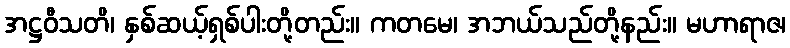
အဋ္ဌဝီသတိ၊ နှစ်ဆယ့်ရှစ်ပါးတို့တည်း။ ကတမေ၊ အဘယ်သည်တို့နည်း။ မဟာရာဇ၊